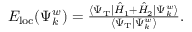
\begin{array} { r } { E _ { \mathrm { { l o c } } } ( \Psi _ { k } ^ { w } ) = \frac { \langle \Psi _ { \mathrm { T } } | \hat { H } _ { 1 } + \hat { H } _ { 2 } | \Psi _ { k } ^ { w } \rangle } { \langle \Psi _ { \mathrm { T } } | \Psi _ { k } ^ { w } \rangle } . } \end{array}